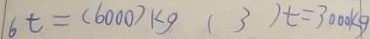
6 t = ( 6 0 0 0 ) k g ( 3 ) t = 3 0 0 0 k g